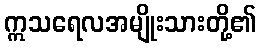
ဣသရေလအမျိုးသားတို့၏